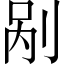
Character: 剐